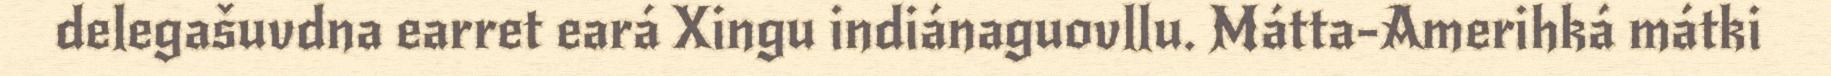
delegašuvdna earret eará Xingu indiánaguovllu. Mátta-Amerihká mátki